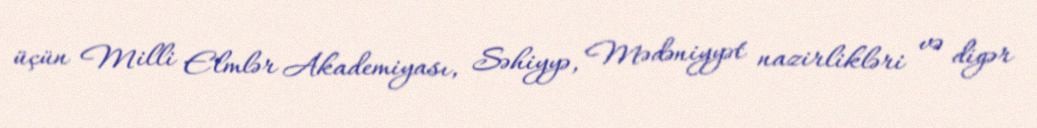
üçün Milli Elmlər Akademiyası, Səhiyyə, Mədəniyyət nazirlikləri və digər